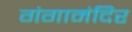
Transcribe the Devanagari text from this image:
गंगामंदिर